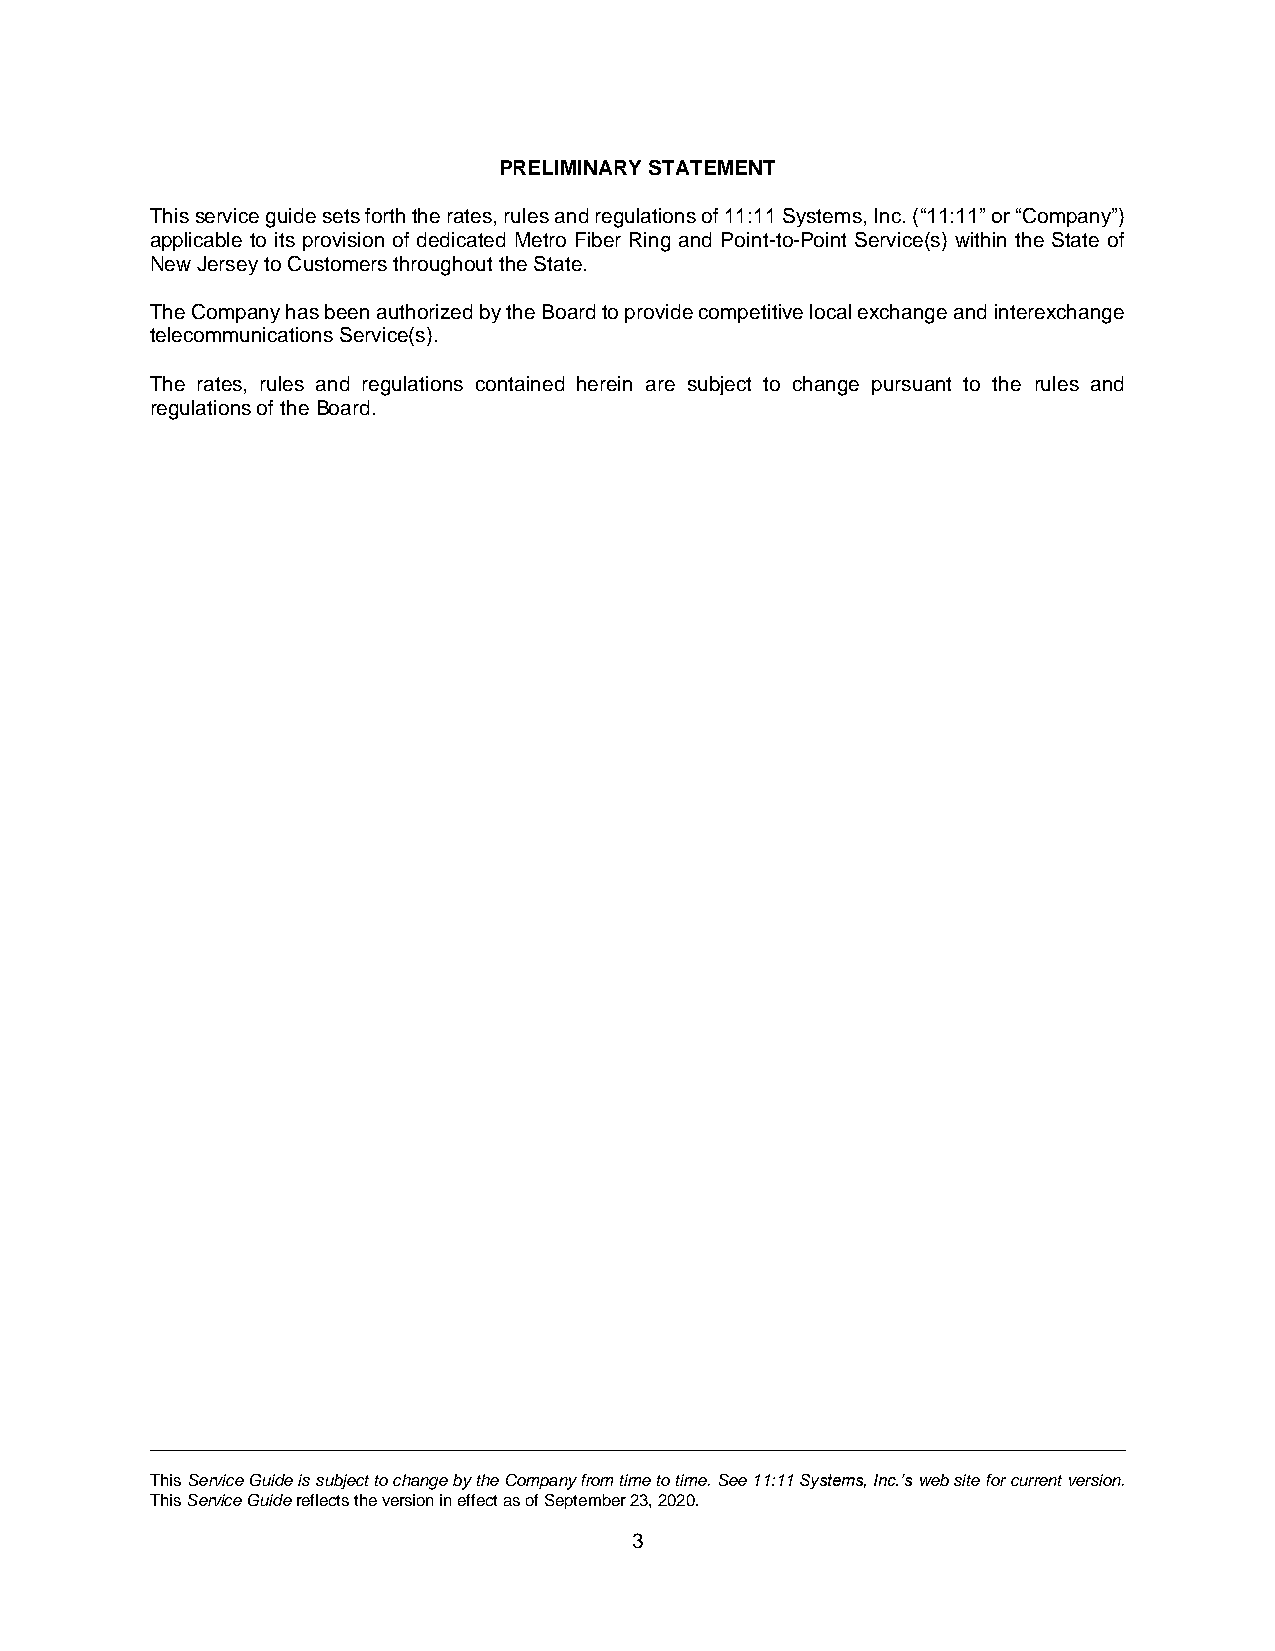
PRELIMINARY STATEMENT
 This service guide sets forth the rates, rules and regulations of 11:11 Systems, Inc. (“11:11” or “Company”)
 applicable to its provision of dedicated Metro Fiber Ring and Point-to-Point Service(s) within the State of
 New Jersey to Customers throughout the State.
 The Company has been authorized by the Board to provide competitive local exchange and interexchange
 telecommunications Service(s).
 The rates, rules and regulations contained herein are subject to change pursuant to the rules and
 regulations of the Board.
 This Service Guide is subject to change by the Company from time to time. See 11:11 Systems, Inc.’s web site for current version.
 This Service Guide reflects the version in effect as of September 23, 2020.
 3